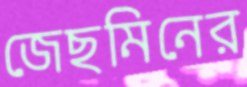
জেছমিনের